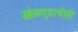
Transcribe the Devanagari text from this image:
खेळण्याचीही